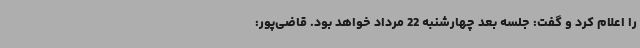
را اعلام کرد و گفت: جلسه بعد چهارشنبه 22 مرداد خواهد بود. قاضی‌پور: